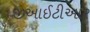
જીઆઈટીઆર